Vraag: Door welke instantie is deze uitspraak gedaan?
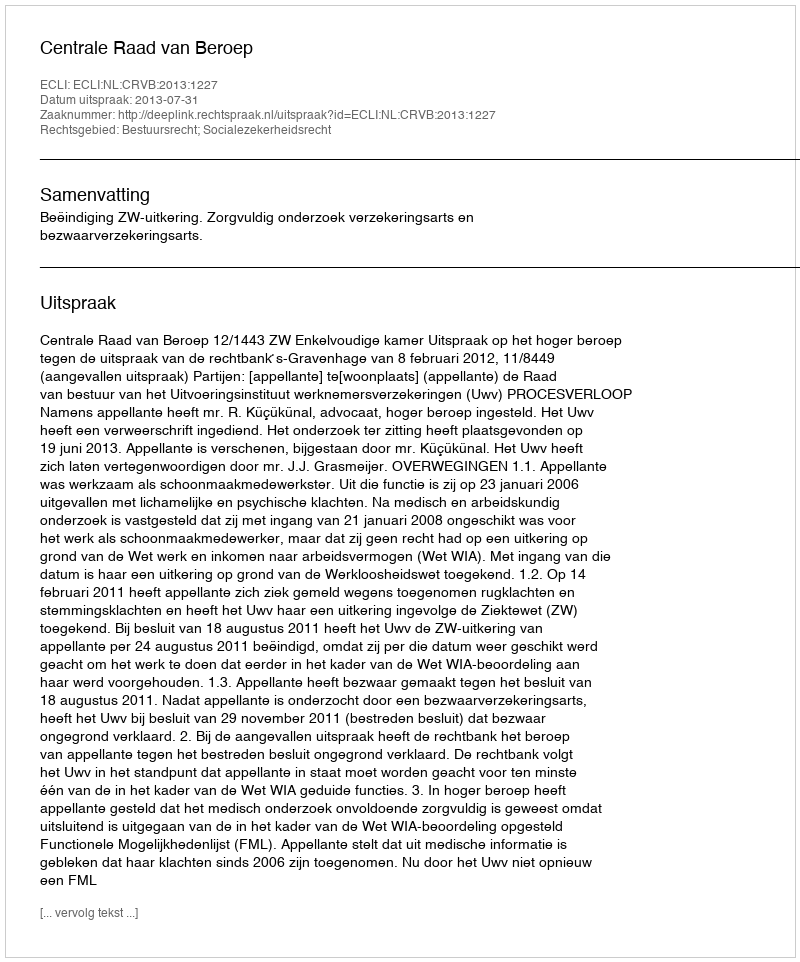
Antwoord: Centrale Raad van Beroep